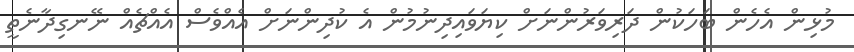
މުޅިން އެހެން ބަހަކުން ދަރިވަރުންނަށް ކިޔަވައިދިނުމުން އެ ކުދިންނަށް އެއްވެސް އެއްޗެއް ނޭނގިދާނެތީ